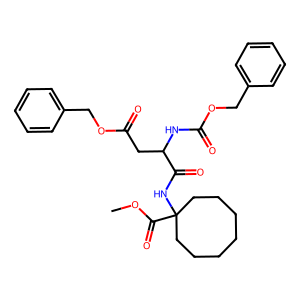
SMILES: COC(=O)C1(NC(=O)C(CC(=O)OCc2ccccc2)NC(=O)OCc2ccccc2)CCCCCCC1
Inhibits HIV replication: No